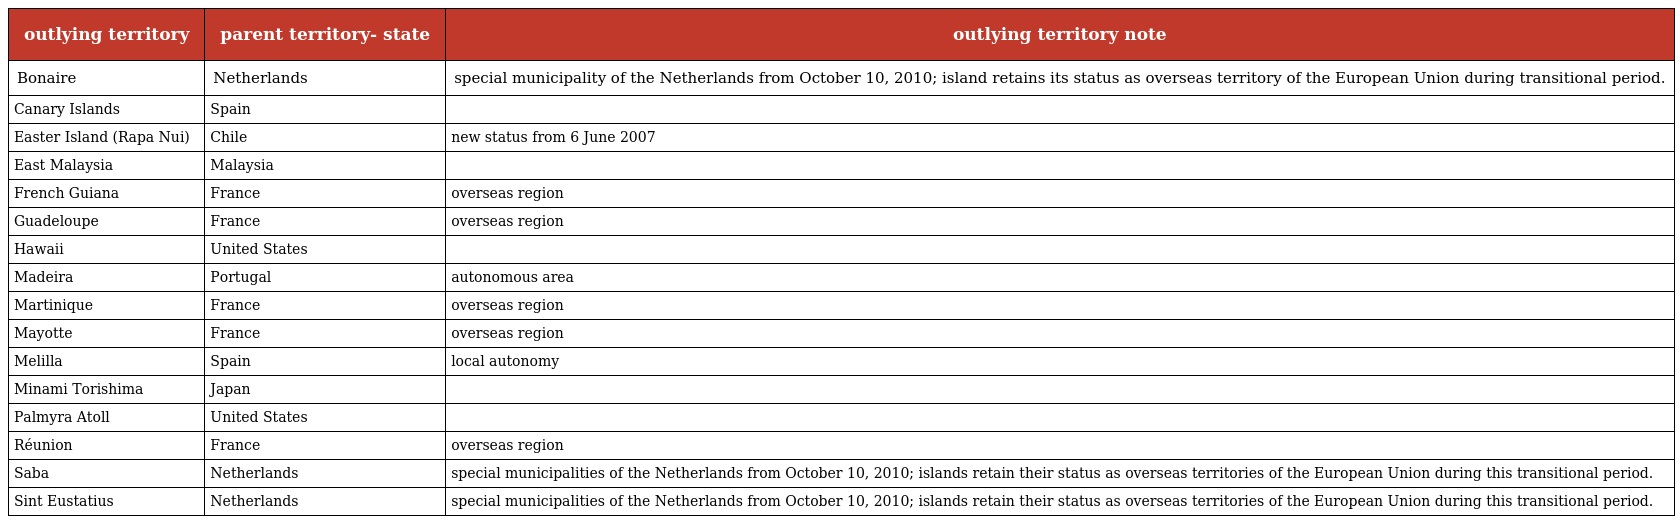
| outlying territory | parent territory- state | outlying territory note |
 | --- | --- | --- |
 | Bonaire | Netherlands | special municipality of the Netherlands from October 10, 2010; island retains its status as overseas territory of the European Union during transitional period. |
 | Canary Islands | Spain |  |
 | Easter Island (Rapa Nui) | Chile | new status from 6 June 2007 |
 | East Malaysia | Malaysia |  |
 | French Guiana | France | overseas region |
 | Guadeloupe | France | overseas region |
 | Hawaii | United States |  |
 | Madeira | Portugal | autonomous area |
 | Martinique | France | overseas region |
 | Mayotte | France | overseas region |
 | Melilla | Spain | local autonomy |
 | Minami Torishima | Japan |  |
 | Palmyra Atoll | United States |  |
 | Réunion | France | overseas region |
 | Saba | Netherlands | special municipalities of the Netherlands from October 10, 2010; islands retain their status as overseas territories of the European Union during this transitional period. |
 | Sint Eustatius | Netherlands | special municipalities of the Netherlands from October 10, 2010; islands retain their status as overseas territories of the European Union during this transitional period. |